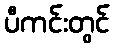
ပီကင်းတွင်